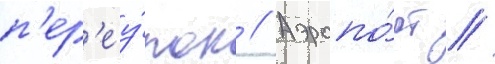
п'ер'еу́лок // Аэропо́рт //